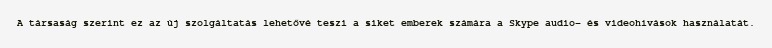
A társaság szerint ez az új szolgáltatás lehetővé teszi a siket emberek számára a Skype audio- és videohívások használatát.